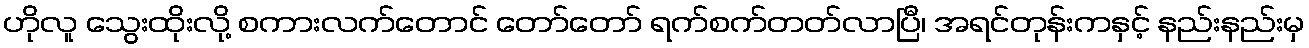
ဟိုလူ သွေးထိုးလို့ စကားလက်တောင် တော်တော် ရက်စက်တတ်လာပြီ၊ အရင်တုန်းကနှင့် နည်းနည်းမှ